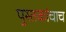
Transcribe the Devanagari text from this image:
पुस्तकांचाच